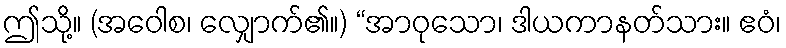
ဤသို့။ (အဝေါစ၊ လျှောက်၏။) “အာဝုသော၊ ဒါယကာနတ်သား။ ဧဝံ၊